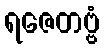
ရဇေတဗ္ဗံ